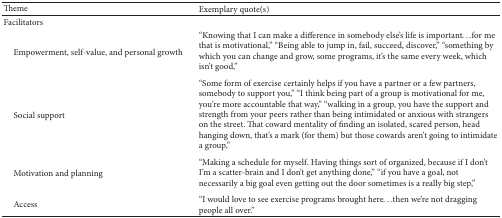
| Theme | Exemplary quote(s) |
 | --- | --- |
 | Facilitators |  |
 | Empowerment, self-value, and personal growth | “Knowing that I can make a difference in somebody else's life is important...for me that is motivational,” “Being able to jump in, fail, succeed, discover,” “something by which you can change and grow, some programs, it's the same every week, which isn't good,” |
 | Social support | “Some form of exercise certainly helps if you have a partner or a few partners, somebody to support you,” “I think being part of a group is motivational for me, you're more accountable that way,” “walking in a group, you have the support and strength from your peers rather than being intimidated or anxious with strangers on the street. That coward mentality of finding an isolated, scared person, head hanging down, that's a mark (for them) but those cowards aren't going to intimidate a group,” |
 | Motivation and planning | “Making a schedule for myself. Having things sort of organized, because if I don't I'm a scatter-brain and I don't get anything done,” “if you have a goal, not necessarily a big goal even getting out the door sometimes is a really big step,” |
 | Access | “I would love to see exercise programs brought here...then we're not dragging people all over.” |